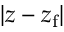
| z - z _ { \mathrm { f } } |